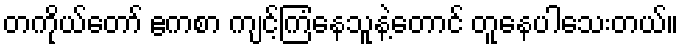
တကိုယ်တော် ဧကစာ ကျင့်ကြံနေသူနဲ့တောင် တူနေပါသေးတယ်။